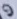
Text: 9